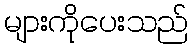
များကိုပေးသည်